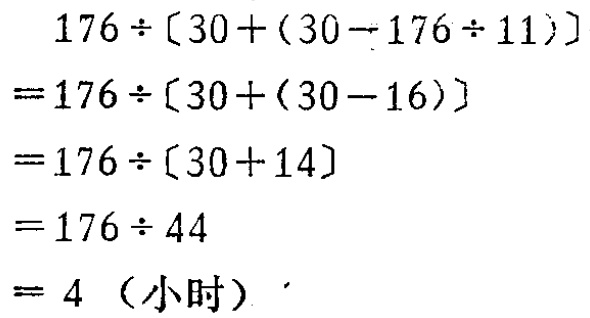
\[

\begin{align*}

&176\div[30+(30 - 176\div11)]\\

=&176\div[30+(30 - 16)]\\

=&176\div[30 + 14]\\

=&176\div44\\

=&4（小时）

\end{align*}

\]